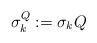
LaTeX: \begin{align*}\sigma_k^Q := \sigma_k Q\end{align*}